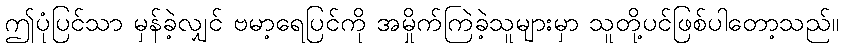
ဤပုံပြင်သာ မှန်ခဲ့လျှင် ဗမာ့ရေပြင်ကို အမှိုက်ကြဲခဲ့သူများမှာ သူတို့ပင်ဖြစ်ပါတော့သည်။